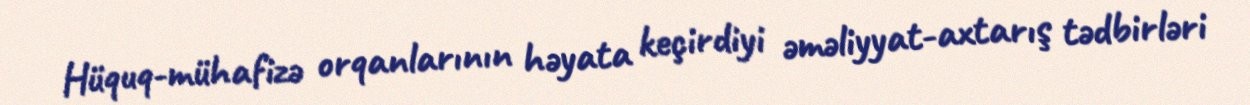
Hüquq-mühafizə orqanlarının həyata keçirdiyi əməliyyat-axtarış tədbirləri